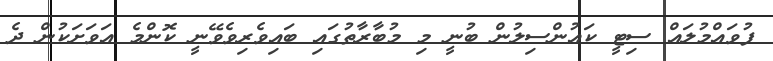
ފުވައްމުލައް ސިޓީ ކައުންސިލުން ބުނީ މި މުބާރާތުގައި ބައިވެރިވެވޭނީ ކޮންމެ އަވަށަކުން ދެ